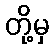
တို့မှ